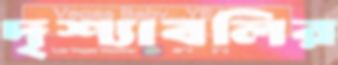
দৃশ্যাবলির